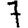
Digit: 7